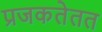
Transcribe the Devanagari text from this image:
प्रजकतेतत